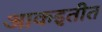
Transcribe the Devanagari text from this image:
आकइतीत